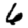
Digit: 6